Language: tamil
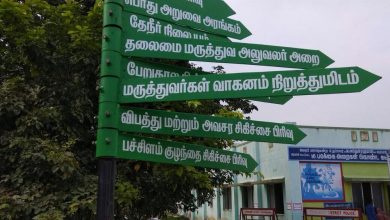
Transcription: பேறுக து அறுவை அரங்கம் நிலை தலைமை மருத்துவ அறை மருத்துவா்கள் வாகனம் நிறுத்துமிடம் விபத்து அவசர சிகிச்சை பிரிவு குழந்தை பச்சிளம் மற்றும் அலுவலர் பிரிவு சிகிச்சை தேநீர்